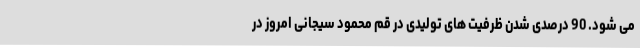
می شود. 90 درصدی شدن ظرفیت های تولیدی در قم محمود سیجانی امروز در